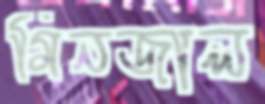
মিনজাল